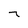
Character: 7